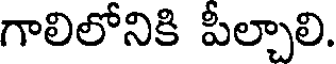
గాలిలోనికి పీల్చాలి.